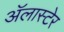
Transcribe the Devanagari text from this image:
अॅलास्टेर